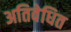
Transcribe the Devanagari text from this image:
अतिवेधित